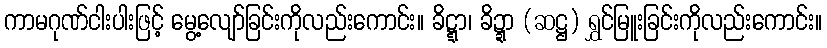
ကာမဂုဏ်ငါးပါးဖြင့် မွေ့လျော်ခြင်းကိုလည်းကောင်း။ ခိဋ္ဋာ၊ ခိဍ္ဍာ (ဆဋ္ဌ) ရွှင်မြူးခြင်းကိုလည်းကောင်း။